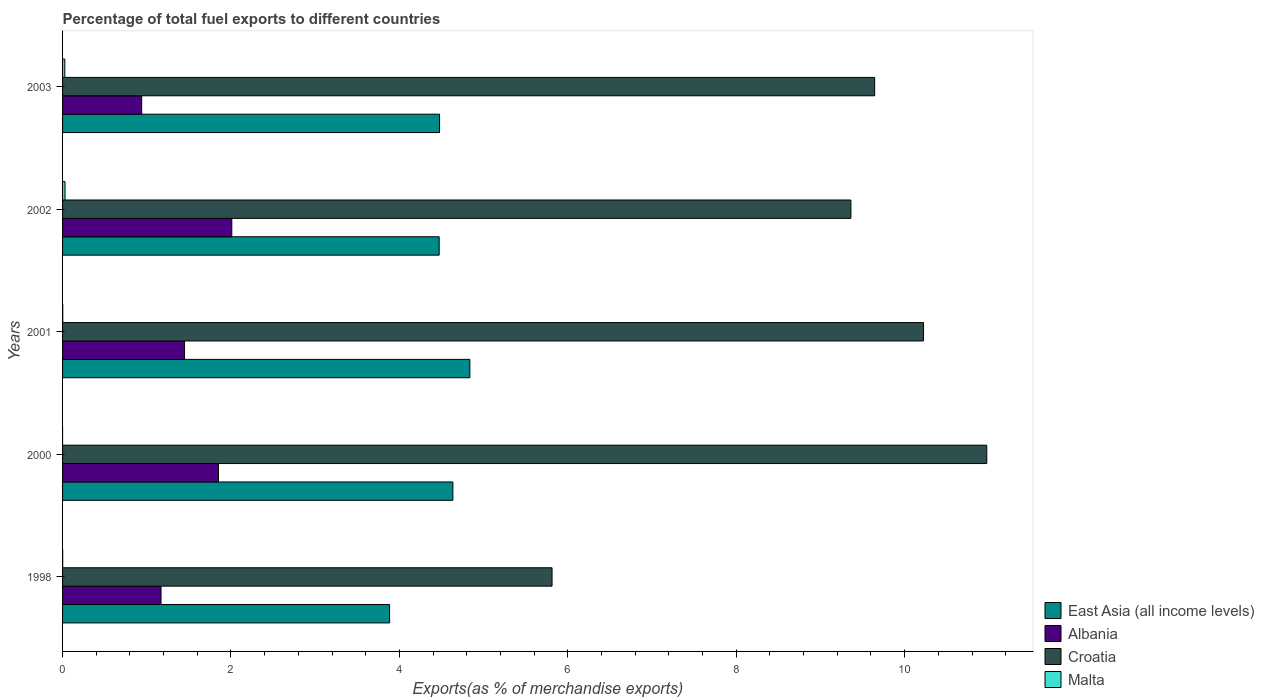
| Years | East Asia (all income levels) | Albania | Croatia | Malta |
 | --- | --- | --- | --- | --- |
 | 1998 | 3.88 | 1.17 | 5.81 | 0.0015 |
 | 2000 | 4.64 | 1.85 | 11 | 3.28e-05 |
 | 2001 | 4.84 | 1.45 | 10.2 | 0.00241 |
 | 2002 | 4.47 | 2.01 | 9.36 | 0.0292 |
 | 2003 | 4.48 | 0.939 | 9.64 | 0.0268 |